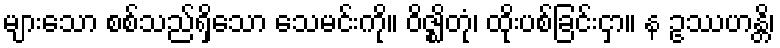
များသော စစ်သည်ရှိသော သေမင်းကို။ ဝိဇ္ဈိတုံ၊ ထိုးပစ်ခြင်းငှာ။ န ဥဿဟန္တိ၊